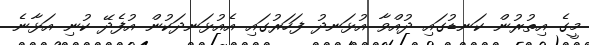
މީގެ އިތުރުން ކަނޑުގައި ދުއްވާ އުޅަނދު ފަހަރުގައި އެއުޅަނދަކުން އުފެދޭ ކުނި އަޅާނެ